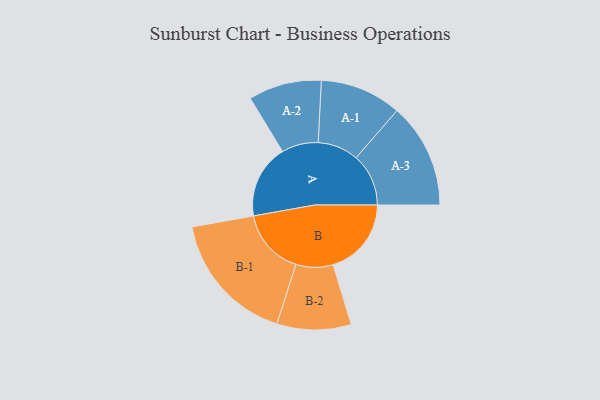
{"axis": {"x": "Segment", "y": "Value"}, "legend": ["", "A", "B"], "data": [{"x": "A", "y": 320, "type": ""}, {"x": "B", "y": 340, "type": ""}, {"x": "A-1", "y": 177, "type": "A"}, {"x": "A-2", "y": 159, "type": "A"}, {"x": "A-3", "y": 228, "type": "A"}, {"x": "B-1", "y": 289, "type": "B"}, {"x": "B-2", "y": 161, "type": "B"}]}